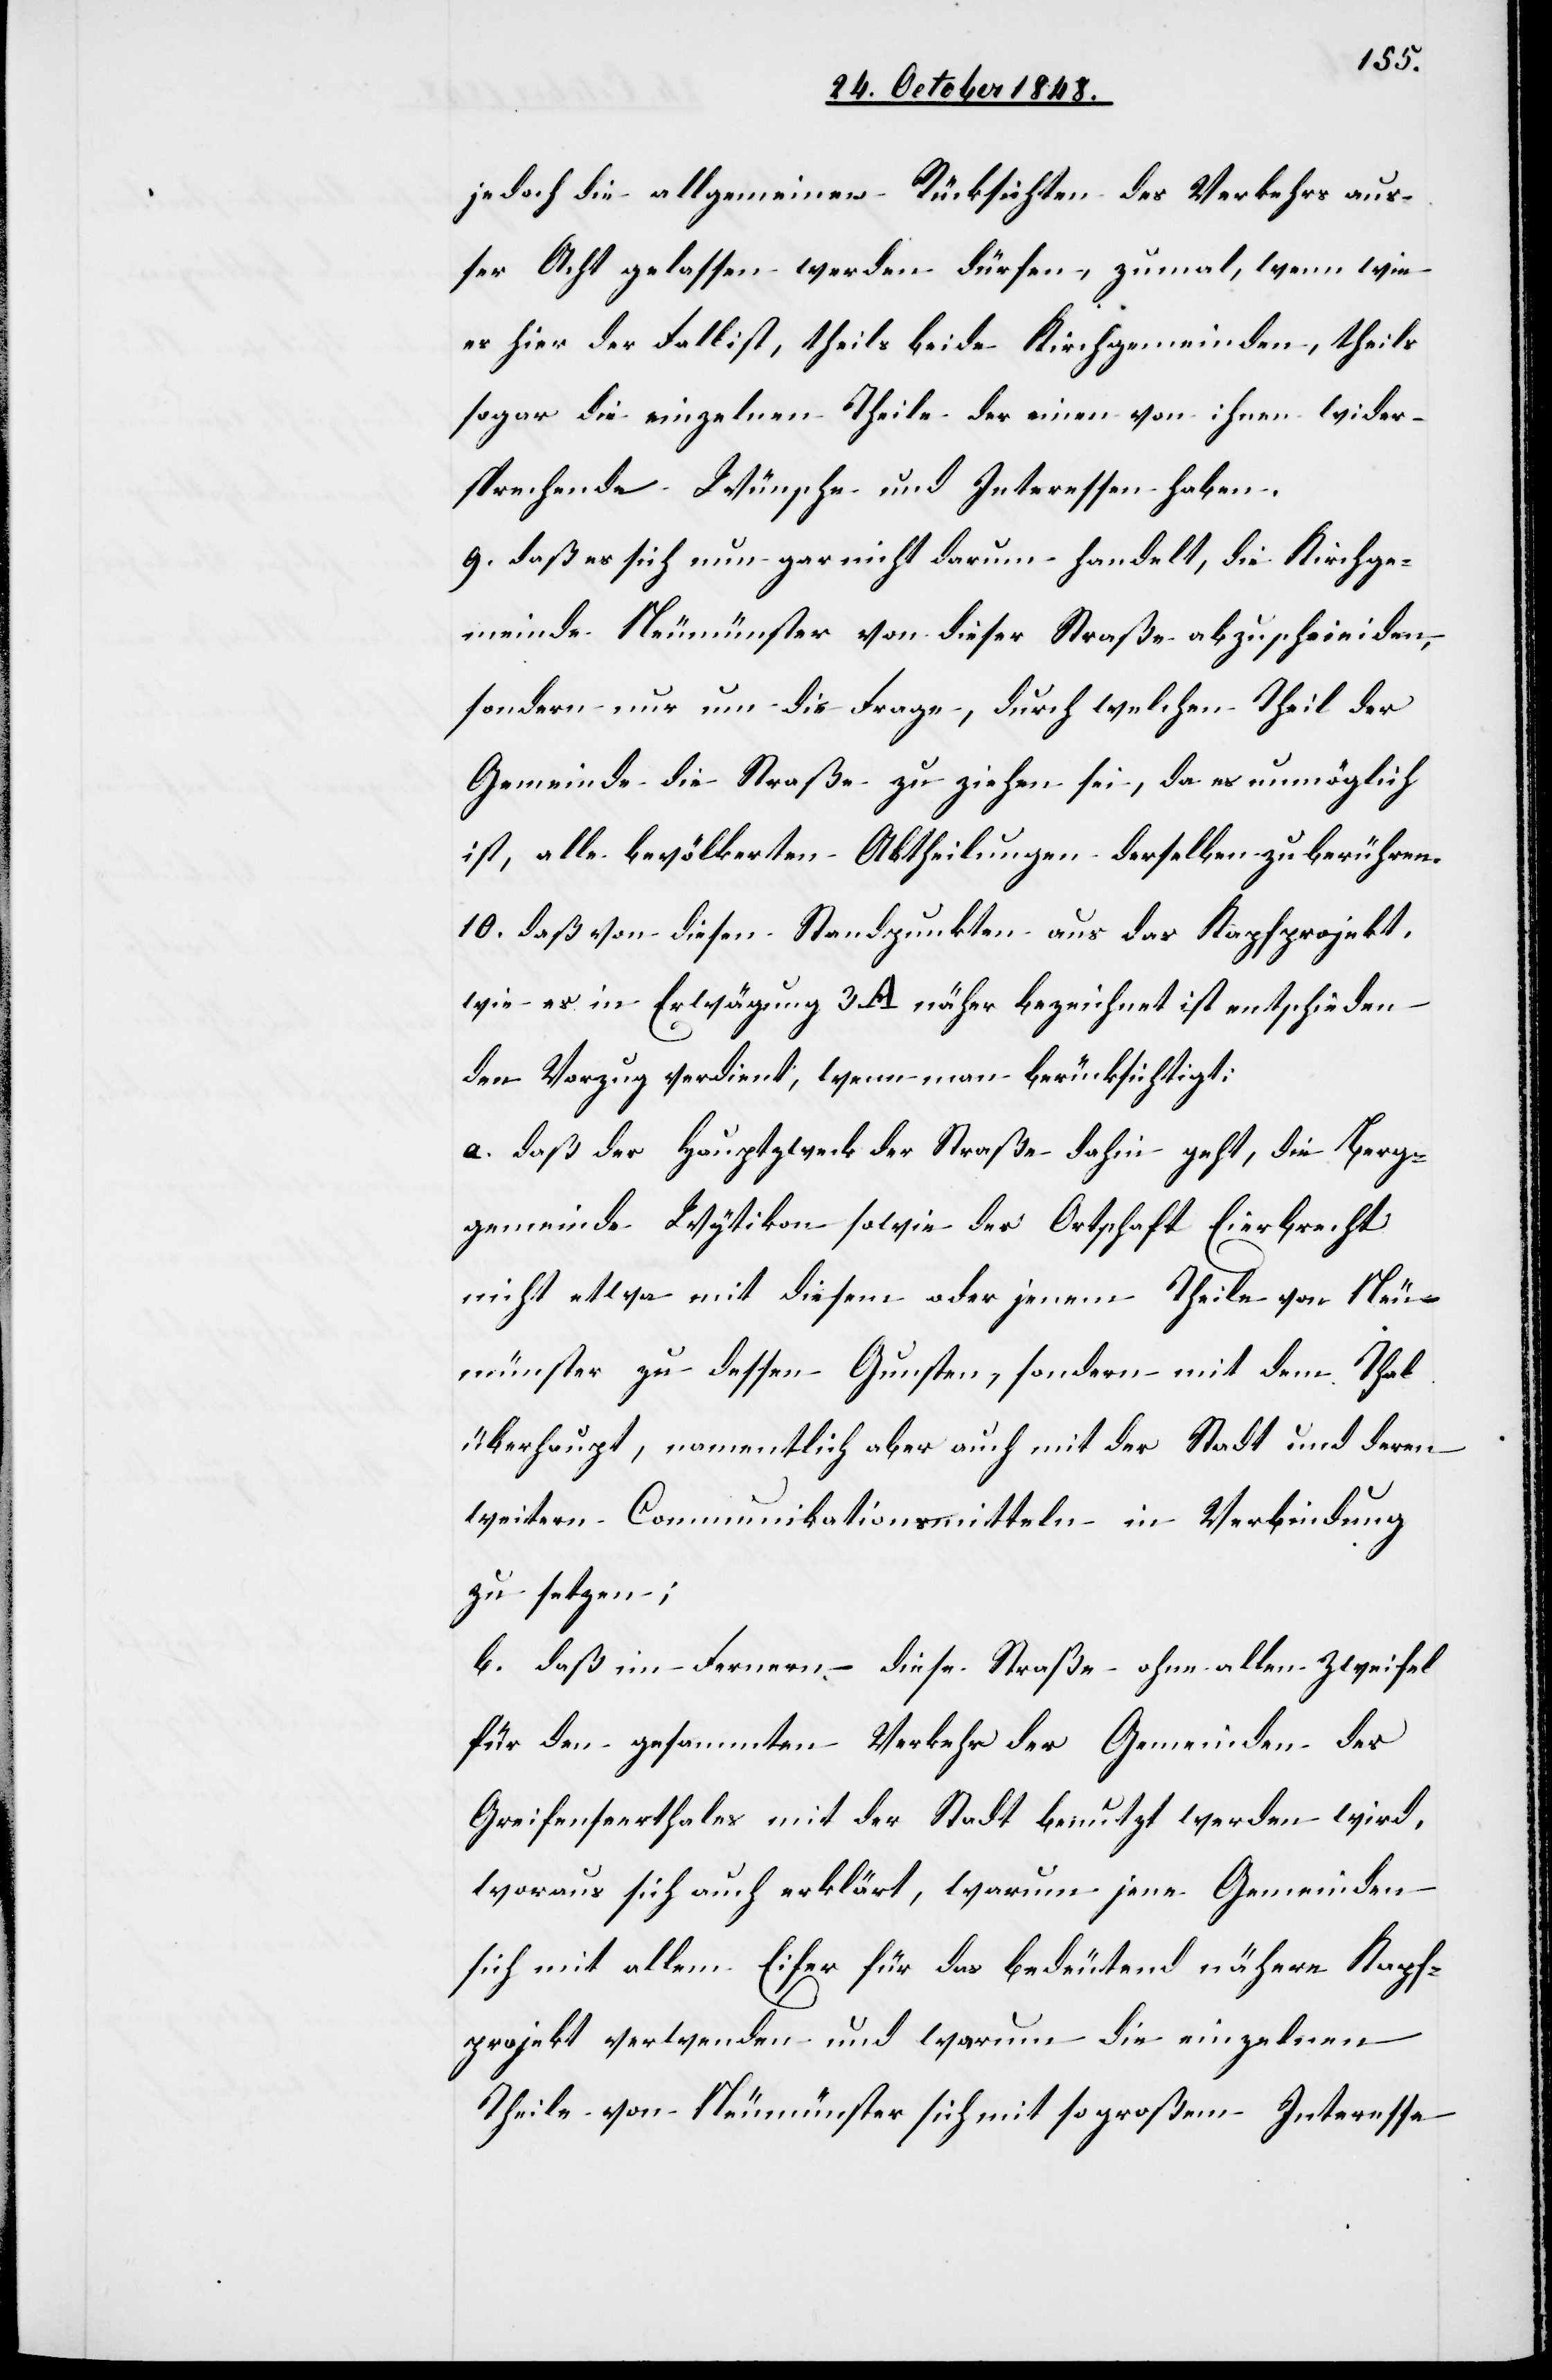
jedoch die allgemeinen Rücksichten des Verkehrs aus¬
ser Acht gelassen werden dürfen, zumal, wenn wie
es hier der Fall ist, theils beide Kirchgemeinden, theils
sogar die einzelnen Theile der einen von ihnen wider¬
sprechende Wünsche und Interessen haben.
9. daß es sich nun gar nicht darum handle, die Kirchge¬
meinde Neumünster von dieser Straße abzuschneiden,
sondern nur um die Frage, durch welchen Theil der
Gemeinde die Straße zu ziehen sei, da es unmöglich
ist, alle bevölkerten Abtheilungen derselben zu berühren.
10. daß von diesen Standpunkten aus das Kapfprojekt,
wie es in Erwägung 3. A. näher bezeichnet ist, entschieden
den Vorzug verdient, wenn man berücksichtigt:
a. daß der Hauptzweck der Straße dahin geht, die Berg¬
gemeinde Wytikon sowie der Ortschaft Eierbrecht
nicht etwa mit diesem oder jenem Theile von Neu¬
münster zu dessen Gunsten, sondern mit dem Thal
überhaupt, namentlich aber auch mit der Stadt und deren
weitern Communikationsmitteln in Verbindung
zu setzen;
b. daß im Fernern diese Straße ohne allen Zweifel
für den gesammten Verkehr der Gemeinden des
Greifenseerthales mit der Stadt benutzt werden wird,
woraus sich auch erklärt, warum jene Gemeinden
sich mit allem Eifer für das bedeutend nähere Kapf¬
projekt verwenden und warum die einzelnen
Theile von Neumünster sich mit so großem Interesse